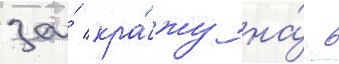
за́ кра́жу на́ 6